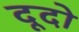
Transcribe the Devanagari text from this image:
दूदो